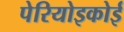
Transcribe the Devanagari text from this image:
पेरियोइकोई